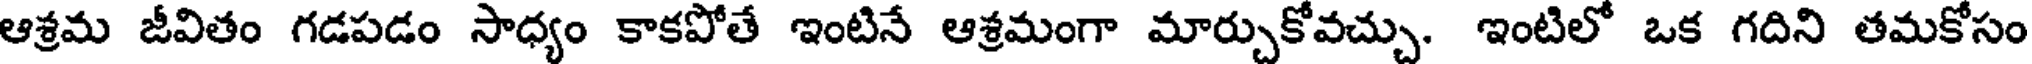
ఆశ్రమ జీవితం గడపడం సాధ్యం కాకపోతే ఇంటినే ఆశ్రమంగా మార్చుకోవచ్చు. ఇంటిలో ఒక గదిని తమకోసం